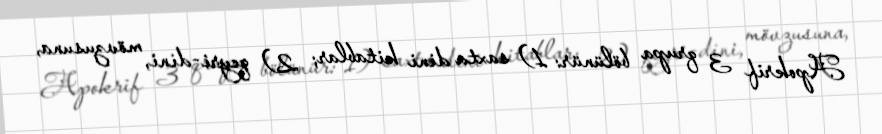
Apokrif 3 qrupa bölünür: 1) saxta dini kitablar; 2) qeyri-dini, mövzusuna,